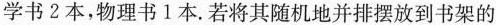
学书2本，物理书1本。若将其随机地并排摆放到书架的